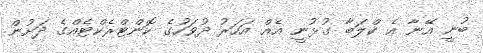
ބުނީ އޭނާ އެ ކްލަބާ ގުޅުނީ އެއް އަހަރު ދުވަހުގެ ކޮންޓްރެކްޓެއްގެ ދަށުން